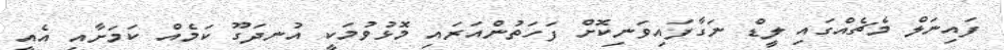
ފައިނަލް މެޗެއްގައި ލީޑް ނަގާފައިވަނިކޮށް ފަހަތުންއަރައި މޮޅުވުމަކީ އުނދަގޫ ކަމެއް ކަމަށާއި އެއީ